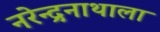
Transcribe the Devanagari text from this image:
नरेन्द्रनाथाला